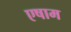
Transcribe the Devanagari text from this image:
एषाम